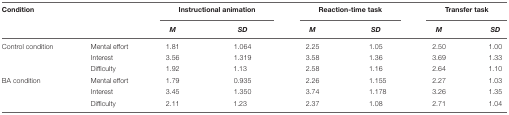
| Condition |  | <COLSPAN=2> Instructional animation | <COLSPAN=2> Reaction-time task | <COLSPAN=2> Transfer task |
 |  |  | M | SD | M | SD | M | SD |
 | --- | --- | --- | --- | --- | --- | --- | --- |
 | Control condition | Mental effort | 1.81 | 1.064 | 2.25 | 1.05 | 2.50 | 1.00 |
 |  | Interest | 3.56 | 1.319 | 3.58 | 1.36 | 3.69 | 1.33 |
 |  | Difficulty | 1.92 | 1.13 | 2.58 | 1.16 | 2.64 | 1.10 |
 | BA condition | Mental effort | 1.79 | 0.935 | 2.26 | 1.155 | 2.27 | 1.03 |
 |  | Interest | 3.45 | 1.350 | 3.74 | 1.178 | 3.26 | 1.35 |
 |  | Difficulty | 2.11 | 1.23 | 2.37 | 1.08 | 2.71 | 1.04 |